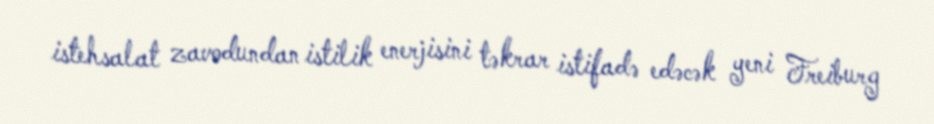
istehsalat zavodundan istilik enerjisini təkrar istifadə edəcək yeni Freiburg